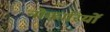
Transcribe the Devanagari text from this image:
नोकारियों